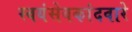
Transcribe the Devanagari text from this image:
स्वयंसेवकांदवारे